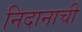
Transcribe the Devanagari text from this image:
निदानाची